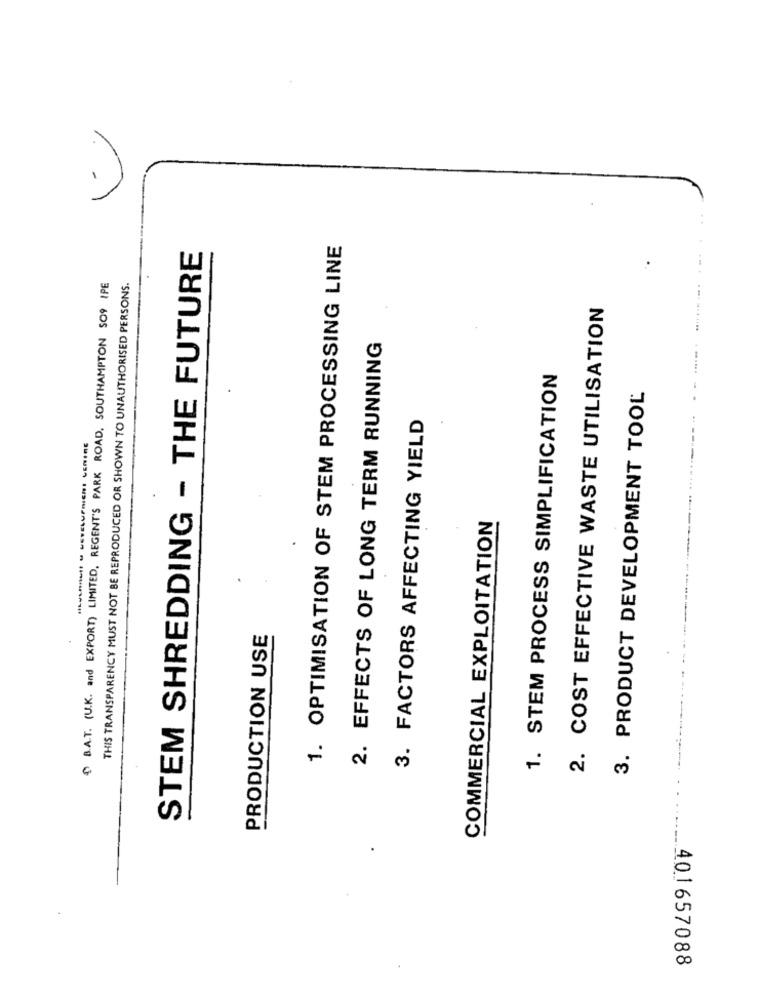
..
STEM SHREDDING - THE FUTURE
1. OPTIMISATION OF STEM PROCESSING LINE
B.A.T. (U.K. and EXPORT) LIMITED, REGENT'S PARK ROAD. SOUTHAMPTON SO9 IPE
THIS TRANSPARENCY MUST NOT BE REPRODUCED OR SHOWN TO UNAUTHORISED PERSONS.
2. COST EFFECTIVE WASTE UTILISATION
2. EFFECTS OF LONG TERM RUNNING
1. STEM PROCESS SIMPLIFICATION
3. PRODUCT DEVELOPMENT TOOL
3. FACTORS AFFECTING YIELD
....... It - LEVELUPNIENI LENIRE
COMMERCIAL EXPLOITATION
PRODUCTION USE
401657088